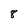
Character: 8